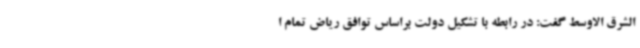
الشرق الاوسط گفت: در رابطه با تشکیل دولت براساس توافق ریاض تمام ا